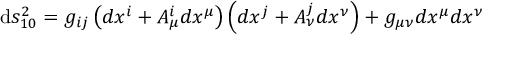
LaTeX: \mathrm { d } s _ { 1 0 } ^ { 2 } = g _ { i j } \left( d x ^ { i } + A _ { \mu } ^ { i } d x ^ { \mu } \right) \left( d x ^ { j } + A _ { \nu } ^ { j } d x ^ { \nu } \right) + g _ { \mu \nu } d x ^ { \mu } d x ^ { \nu }